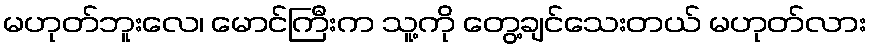
မဟုတ်ဘူးလေ၊ မောင်ကြီးက သူ့ကို တွေ့ချင်သေးတယ် မဟုတ်လား